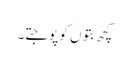
کچھ بتوں کو پوجتے۔